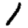
Digit: 1